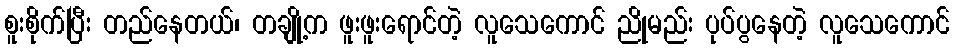
စူးစိုက်ပြီး တည်နေတယ်၊ တချို့က ဖူးဖူးရောင်တဲ့ လူသေကောင် ညိုမည်း ပုပ်ပွနေတဲ့ လူသေကောင်